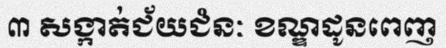
៣ សង្កាត់ជ័យជំនៈ ខណ្ឌដូនពេញ